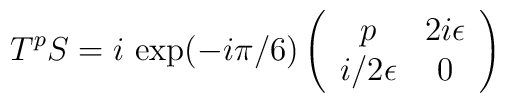
T^{p}S=i\ \mbox{exp}(-i\pi/6)\left(\begin{array}{cc}p&2i\epsilon\\i/2\epsilon&0\end{array}\right)